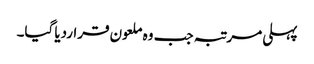
پہلی مرتبہ جب وہ ملعون قراردیا گیا۔